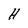
Character: H